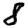
Digit: 8